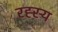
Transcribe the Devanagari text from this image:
रह्स्य